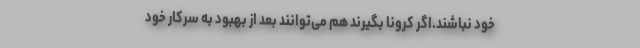
خود نباشند.اگر کرونا بگیرند هم می‌توانند بعد از بهبود به سرکار خود